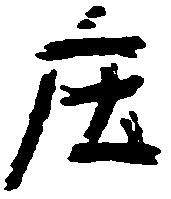
庄